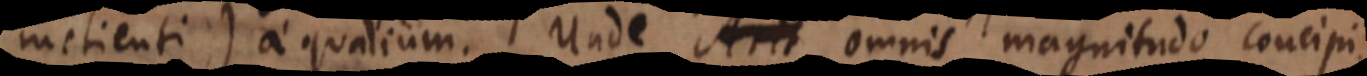
metienti) aequalium. Unde Arit omnis magnitudo concipi